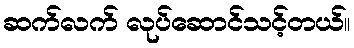
ဆက်လက် လုပ်ဆောင်သင့်တယ်။